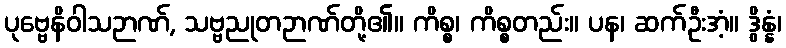
ပုဗ္ဗေနိဝါသဉာဏ်, သဗ္ဗညုတဉာဏ်တို့၏။ ကိစ္စ၊ ကိစ္စတည်း။ ပန၊ ဆက်ဦးအံ့။ ဒွိန္နံ၊